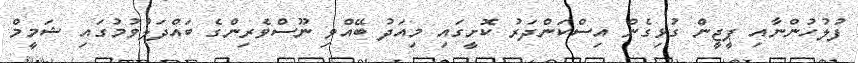
ފުލުހުންނާއި ޕީޖީން ގުޅިގެން އިސްކަންދަރު ކޮށީގައި މިއަދު ބޭއްވި ނޫސްވެރިންގެ ބައްދަލުވުމުގައި ޝަމީމް